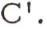
C'.